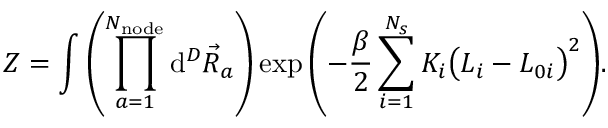
Z = \int { \left( \prod _ { a = 1 } ^ { N _ { \mathrm { n o d e } } } { \mathrm { d } ^ { D } \vec { R } _ { a } } \right) \exp { \left( - \frac { \beta } { 2 } \sum _ { i = 1 } ^ { N _ { s } } { K _ { i } \big ( L _ { i } - L _ { 0 i } \big ) ^ { 2 } } \right) } } .